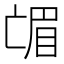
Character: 𱲼